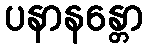
ပနာနန္တော